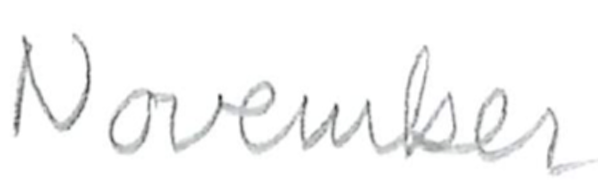
Text: November
Cross-out: clean
Writing tool: pencil